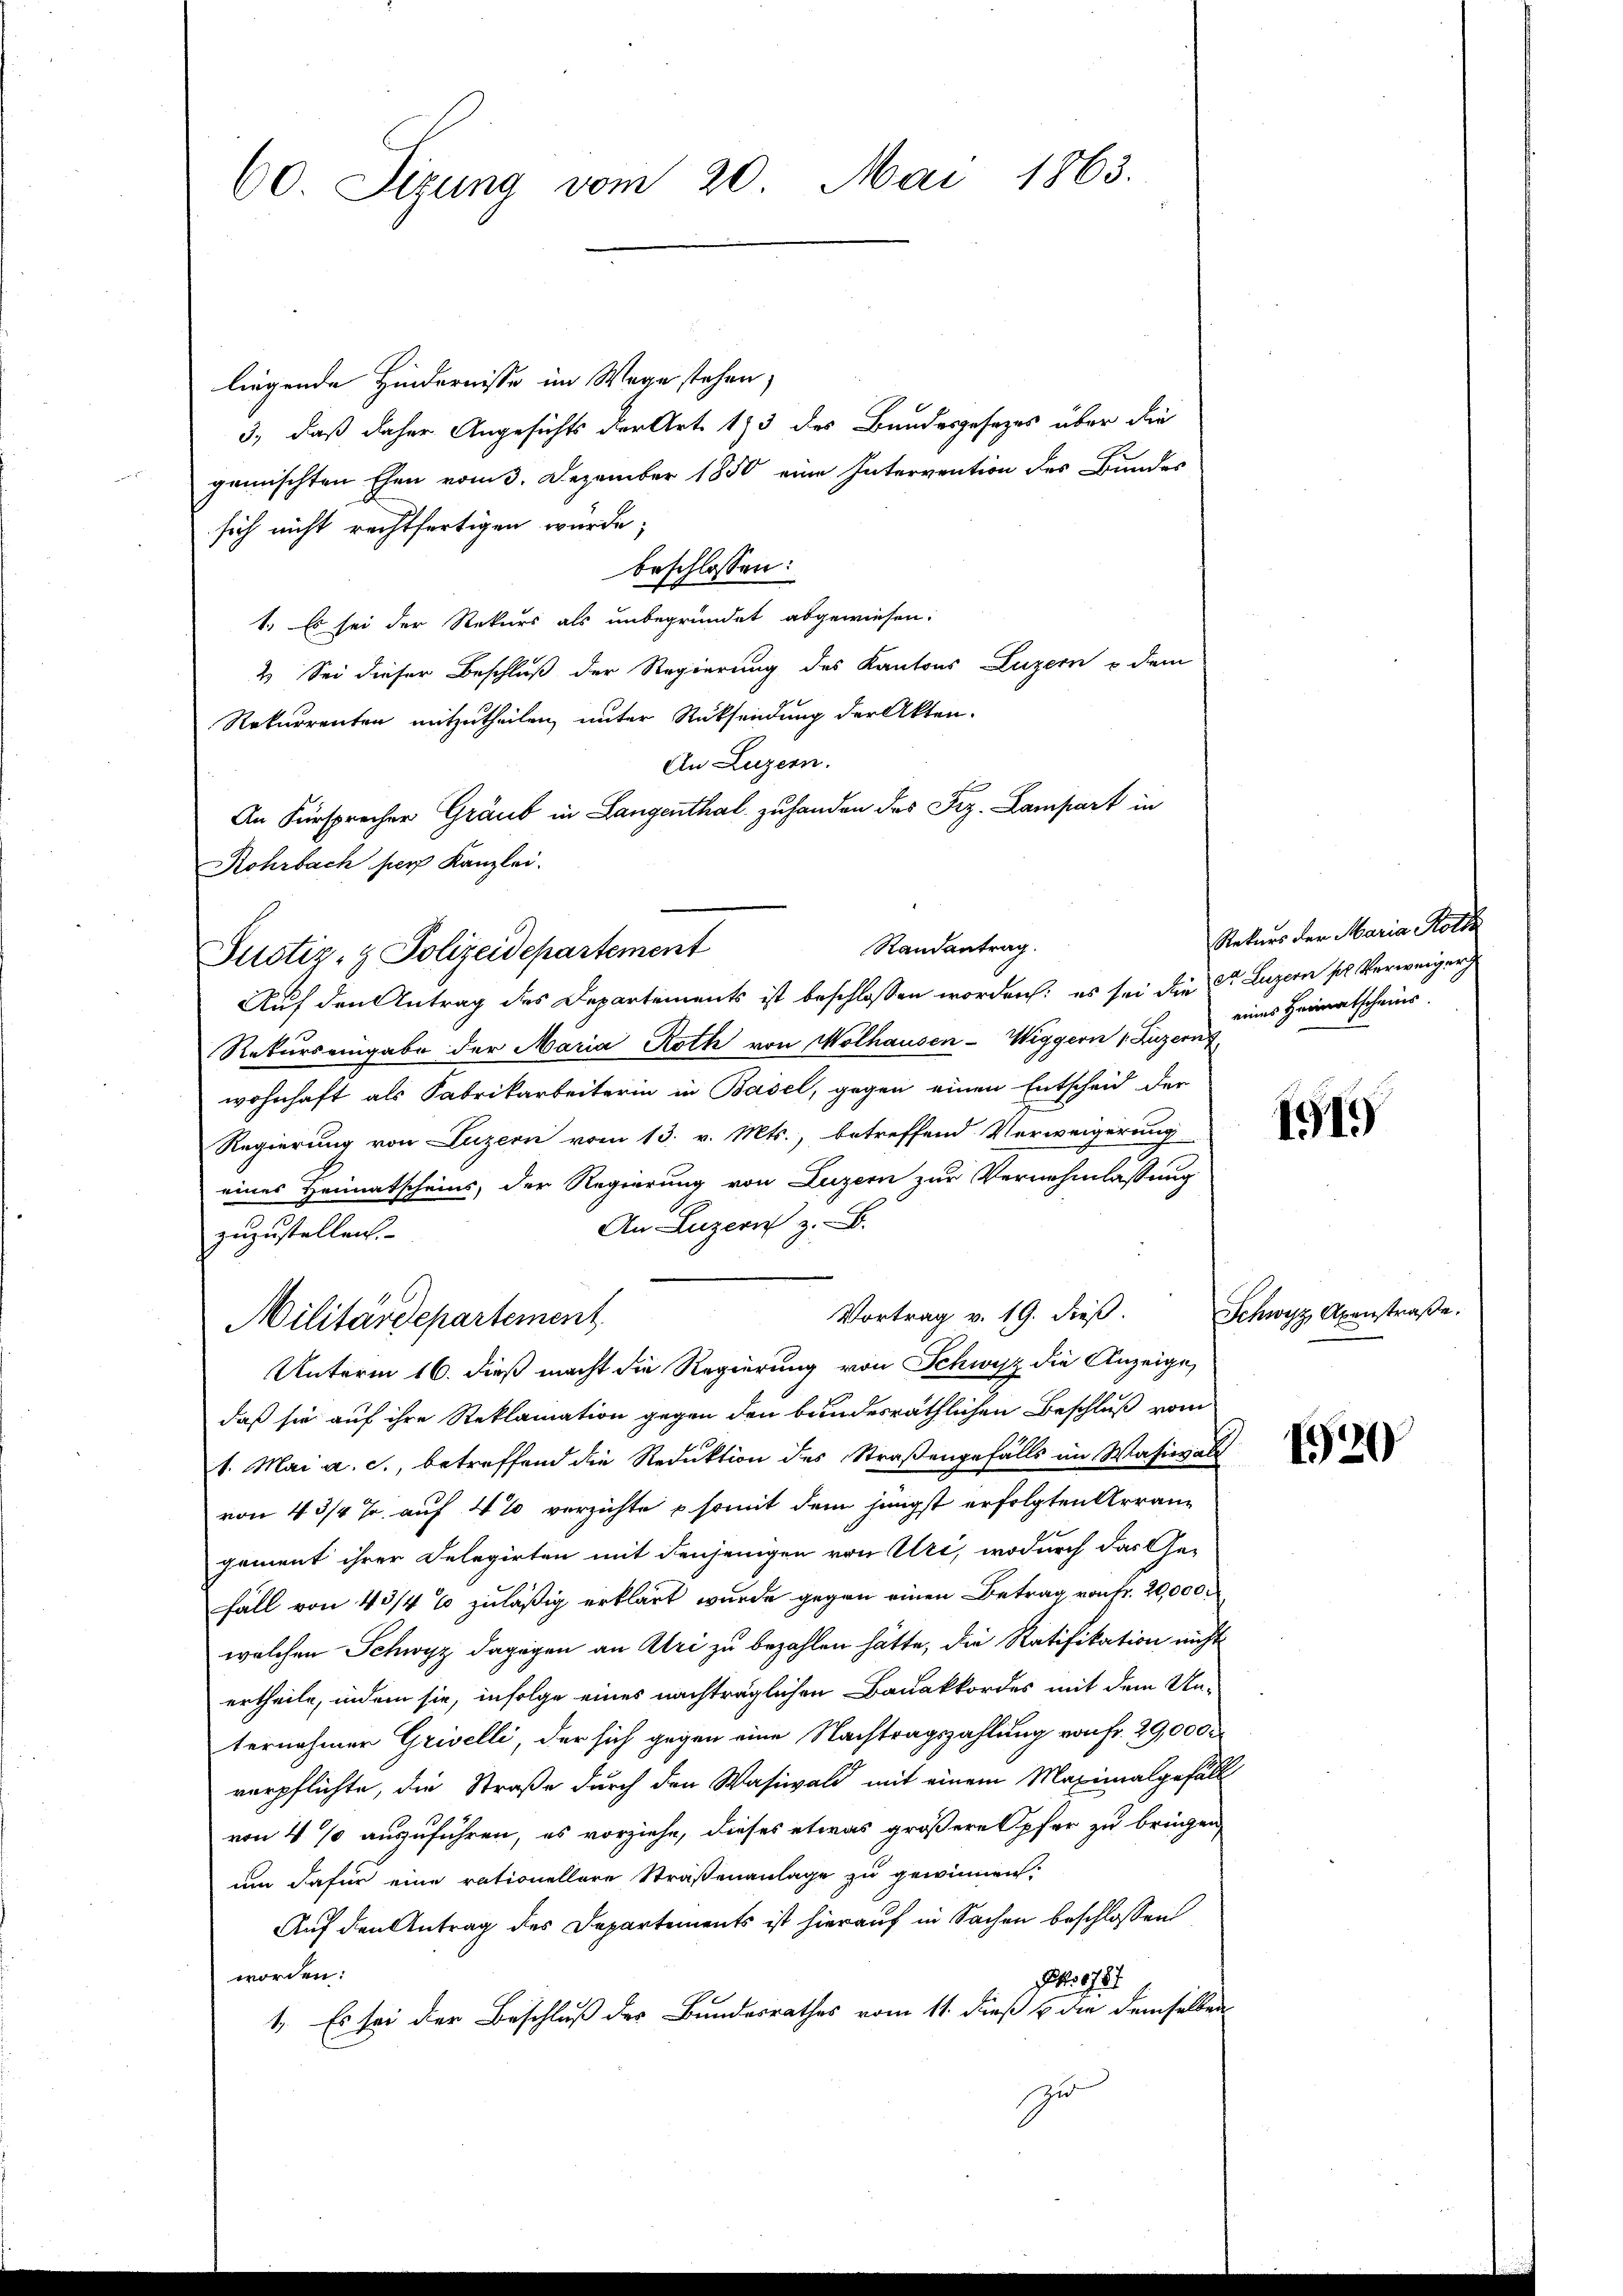
60. Sizung vom 20. Mai 1863.

liegende Hindernisse im Wege stehen,
3., daß daher Angesichts der Art. 193 des Bundesgesezes über die
gemischten Ehen vom 3. Dezember 1850 eine Intervention des Bundes
sich nicht rechtfertigen würde;
beschlossen:
1. Es sei der Rekurs als unbegründet abgewiesen.
2. Sei dieser Beschluß der Regierung des Kantons Luzern u dem
Rekurrenten mitzutheilen, unter Rücksendung der Akten.
An Luzern.
An Fürsprecher Graub in Langenthal zu handen des Frz. Lampart in
Rohrbach fuer Kanzlei.
Justiz- & Polizeidepartement
Auf den Antrag des Departements ist beschlossen worden; es sei die der Luzern sol. Verweiger
Rekurs eingabe der Maria Roth von Wolhausen-Wiggern 1 Luzern
wohnhaft als Fabrikarbeiterin in Basel, gegen einen Entscheid der
Regierung von Luzern vom 13. v. Mts., betreffend Verweigerung
eines Heimatscheins, der Regierung von Luzern zur Vernehmlassung
An Luzern z. B.
zuzustellen. |
Vortrag v. 19. dieß.
Militärdepartement
Unterm 16. dieß macht die Regierung von Schwyz die Anzeige,
daß sie auf ihre Reklamation gegen den bundesräthlichen Beschluß vom
1. Mai a. c., betreffend die Reduktion des Straßengefalls im Wasiall
von 4 3/4 % auf 4% verzichte & somit dem jüngst erfolgten Arrangement ihrer Delegirten mit denjenigen von Uri, wodurch das Ge-
Fall von 43/4 % zuläßig erklärt wurde gegen einen Betrag von fr. 20,000.
welchen Schwyz dagegen an Uri zu bezahlen hätte, die Ratifikation nicht
ertheile, indem sie, infolge eines nachträglichen Bauakkordes mit dem Un-
ternahmen Grivelli, der sich gegen eine Nachtragszahlung von Fr. 29,000
verpflichte, die Straße durch den Wasiwald mit einem Maximalgefäll
von 4 % auszuführen, es vorziehe, dieses etwas größere Opfer zu bringen,
um dafür eine rationellare Straßenanlage zu gewinnen.
Auf den Antrag des Departements ist hierauf in Sachen beschlossen
worden.
 8784
1. Es sei der Beschluß des Bundesrathes vom 11. dieß & die demselben
zu

Randantrag.

Natur der Maria Kolle
eines Heimatscheins.

11)

Schwyz Axenstraße.

120